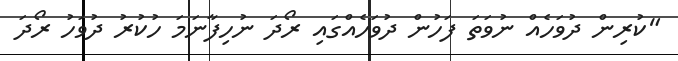
"ކުރިން ދުވަހެއް ނުވަތަ ފަހުން ދުވަހެއްގައި ރޯދަ ނުހިފާނަމަ ހުކުރު ދުވަހު ރޯދަ